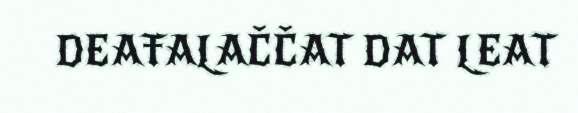
DEAŦALAČČAT DAT LEAT